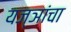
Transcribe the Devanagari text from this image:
यज्ञांचा